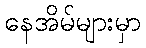
နေအိမ်များမှာ